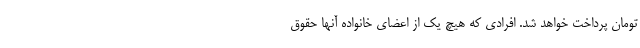
تومان پرداخت خواهد شد. افرادی که هیچ یک از اعضای خانواده آنها حقوق